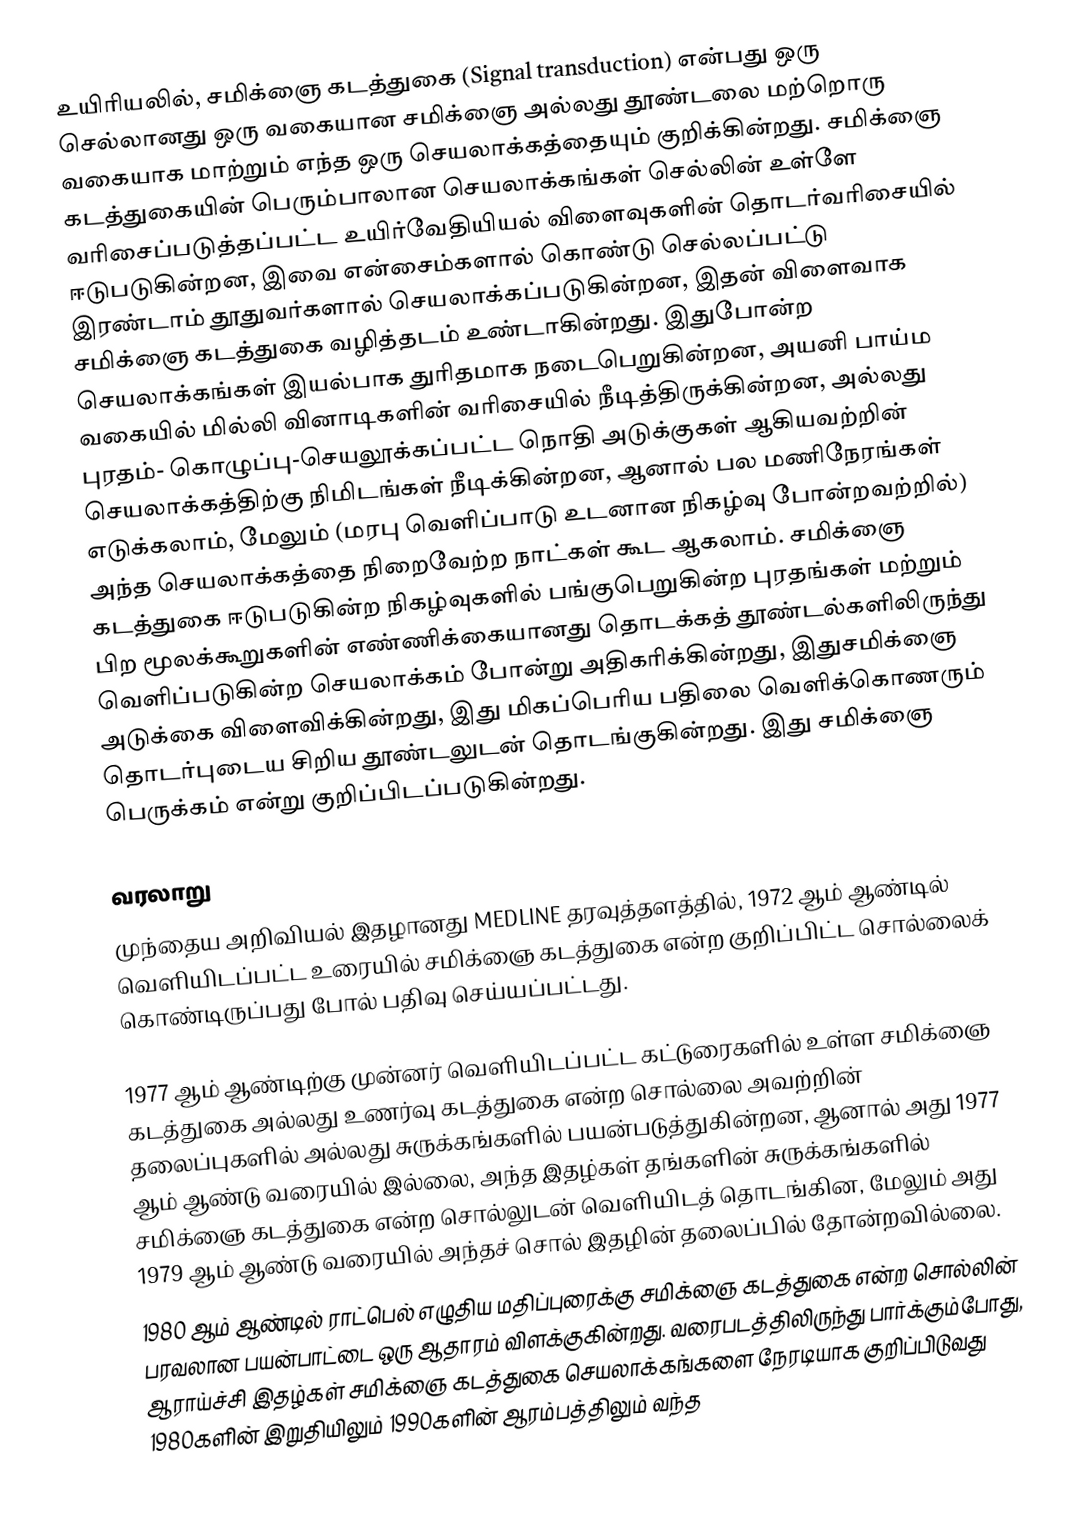
உயிரியலில், சமிக்ஞை கடத்துகை (Signal transduction) என்பது ஒரு செல்லானது ஒரு வகையான சமிக்ஞை அல்லது தூண்டலை மற்றொரு வகையாக மாற்றும் எந்த ஒரு செயலாக்கத்தையும் குறிக்கின்றது. சமிக்ஞை கடத்துகையின் பெரும்பாலான செயலாக்கங்கள் செல்லின் உள்ளே வரிசைப்படுத்தப்பட்ட உயிர்வேதியியல் விளைவுகளின் தொடர்வரிசையில் ஈடுபடுகின்றன, இவை என்சைம்களால் கொண்டு செல்லப்பட்டு இரண்டாம் தூதுவர்களால் செயலாக்கப்படுகின்றன, இதன் விளைவாக சமிக்ஞை கடத்துகை வழித்தடம் உண்டாகின்றது. இதுபோன்ற செயலாக்கங்கள் இயல்பாக துரிதமாக நடைபெறுகின்றன, அயனி பாய்ம வகையில் மில்லி வினாடிகளின் வரிசையில் நீடித்திருக்கின்றன, அல்லது புரதம்- கொழுப்பு-செயலூக்கப்பட்ட நொதி அடுக்குகள் ஆகியவற்றின் செயலாக்கத்திற்கு நிமிடங்கள் நீடிக்கின்றன, ஆனால் பல மணிநேரங்கள் எடுக்கலாம், மேலும் (மரபு வெளிப்பாடு உடனான நிகழ்வு போன்றவற்றில்) அந்த செயலாக்கத்தை நிறைவேற்ற நாட்கள் கூட ஆகலாம். சமிக்ஞை கடத்துகை ஈடுபடுகின்ற நிகழ்வுகளில் பங்குபெறுகின்ற புரதங்கள் மற்றும் பிற மூலக்கூறுகளின் எண்ணிக்கையானது தொடக்கத் தூண்டல்களிலிருந்து வெளிப்படுகின்ற செயலாக்கம் போன்று அதிகரிக்கின்றது, இதுசமிக்ஞை அடுக்கை விளைவிக்கின்றது, இது மிகப்பெரிய பதிலை வெளிக்கொணரும் தொடர்புடைய சிறிய தூண்டலுடன் தொடங்குகின்றது. இது சமிக்ஞை பெருக்கம் என்று குறிப்பிடப்படுகின்றது.

வரலாறு
முந்தைய அறிவியல் இதழானது MEDLINE தரவுத்தளத்தில், 1972 ஆம் ஆண்டில் வெளியிடப்பட்ட உரையில் சமிக்ஞை கடத்துகை என்ற குறிப்பிட்ட சொல்லைக் கொண்டிருப்பது போல் பதிவு செய்யப்பட்டது.

1977 ஆம் ஆண்டிற்கு முன்னர் வெளியிடப்பட்ட கட்டுரைகளில் உள்ள சமிக்ஞை கடத்துகை அல்லது உணர்வு கடத்துகை என்ற சொல்லை அவற்றின் தலைப்புகளில் அல்லது சுருக்கங்களில் பயன்படுத்துகின்றன, ஆனால் அது 1977 ஆம் ஆண்டு வரையில் இல்லை, அந்த இதழ்கள் தங்களின் சுருக்கங்களில் சமிக்ஞை கடத்துகை என்ற சொல்லுடன் வெளியிடத் தொடங்கின, மேலும் அது 1979 ஆம் ஆண்டு வரையில் அந்தச் சொல் இதழின் தலைப்பில் தோன்றவில்லை.
1980 ஆம் ஆண்டில் ராட்பெல் எழுதிய மதிப்புரைக்கு சமிக்ஞை கடத்துகை என்ற சொல்லின் பரவலான பயன்பாட்டை ஒரு ஆதாரம் விளக்குகின்றது. வரைபடத்திலிருந்து பார்க்கும்போது, ஆராய்ச்சி இதழ்கள் சமிக்ஞை கடத்துகை செயலாக்கங்களை நேரடியாக குறிப்பிடுவது 1980களின் இறுதியிலும் 1990களின் ஆரம்பத்திலும் வந்த